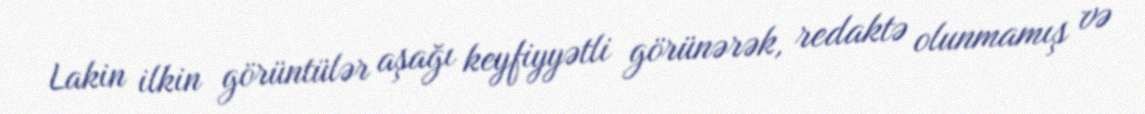
Lakin ilkin görüntülər aşağı keyfiyyətli görünərək, redaktə olunmamış və